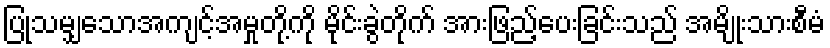
ပြုသမျှသောအကျင့်အမှုတို့ကို မိုင်းခွဲတိုက် အားဖြည့်ပေးခြင်းသည် အမျိုးသားစီမံ